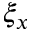
\xi _ { x }